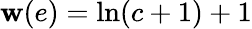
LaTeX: \mathbf{w}(e)=\ln(c+1)+1